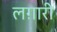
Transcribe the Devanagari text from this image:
लग़ारी